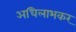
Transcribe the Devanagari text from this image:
अधिलाभकर